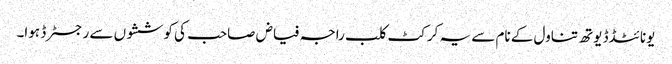
یونائٹڈڈ یوتھ تناول کے نام سے یہ کرکٹ کلب راجہ فیاض صاحب کی کوششوں سے رجسٹرڈ ہوا۔